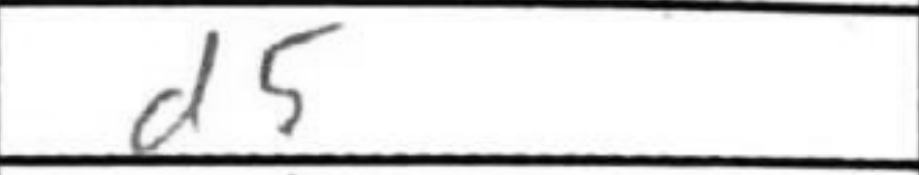
Transcription: d5